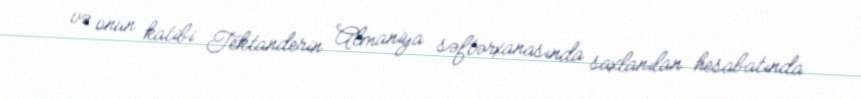
və onun katibi Tektanderin Almaniya səftərxanasında saxlanılan hesabatında